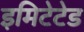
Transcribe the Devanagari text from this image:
इमिटेटेड